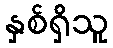
နှစ်ရှိသူ